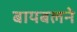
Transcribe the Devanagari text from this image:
बायबलने